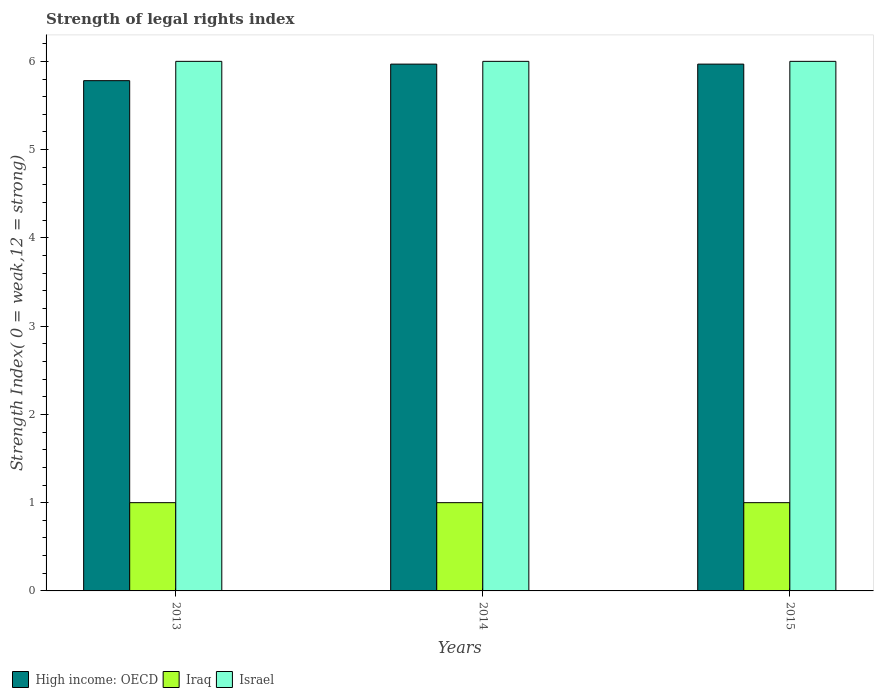
| Years | High income: OECD | Iraq | Israel |
 | --- | --- | --- | --- |
 | 2013 | 5.78 | 1 | 6 |
 | 2014 | 5.97 | 1 | 6 |
 | 2015 | 5.97 | 1 | 6 |